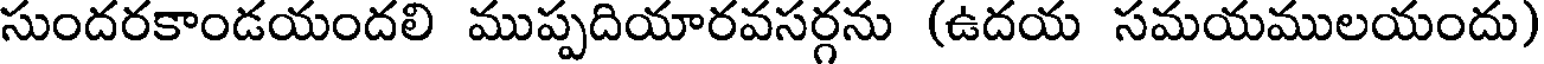
సుందరకాండయందలి ముప్పదియారవసర్గను (ఉదయ సమయములయందు)